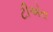
ટીએરા